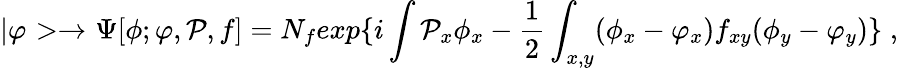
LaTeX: |\varphi>\to\Psi[\phi;\varphi,{\cal P},f]=N_{f}exp\{ i\int{\cal P}_{x}\phi_{x}-{\frac{1}{2}}\int_{x,y}(\phi_{x}-\varphi_{x})f_{xy}(\phi_{y}-\varphi_{y})\} \; ,